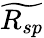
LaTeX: \widetilde{R_{sp}}